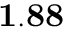
\mathbf { 1 . 8 8 }